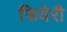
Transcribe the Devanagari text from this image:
फियेरी